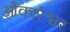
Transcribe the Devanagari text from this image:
ओेंकारेश्वर